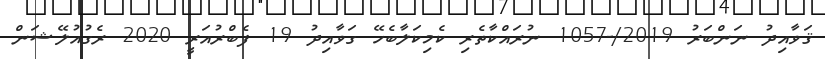
ޤަވާއިދު ނަންބަރު 2019/-1057 ނުރައްްކާތެރި ކެމިކަލާބެހޭ ގަވާއިދު 19 ފެބްރުއަރީ 2020 ރެގުއުލޭޝަން